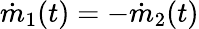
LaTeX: \dot{m}_{1}(t)=-\dot{m}_{2}(t)